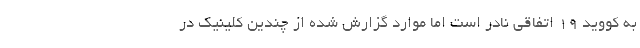
به کووید ۱۹ اتفاقی نادر است اما موارد گزارش شده از چندین کلینیک در